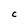
Character: c